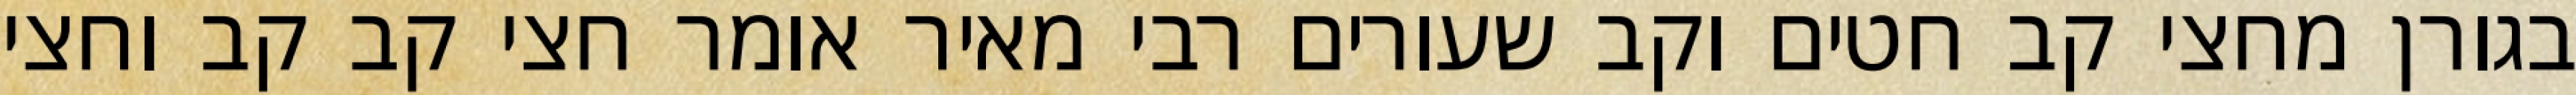
בגורן מחצי קב חטים וקב שעורים רבי מאיר אומר חצי קב קב וחצי